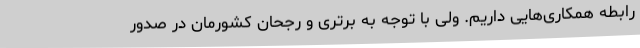
رابطه همکاری‌هایی داریم. ولی با توجه به برتری و رجحان کشورمان در صدور